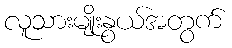
လူသားမျိုးနွယ်အတွက်